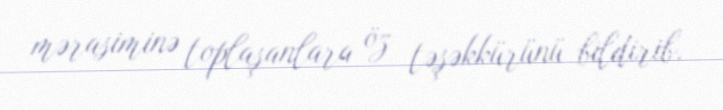
mərasiminə toplaşanlara öz təşəkkürünü bildirib.